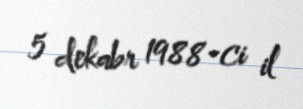
5 dekabr 1988-ci il